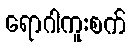
ရောဂါကူးစက်